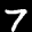
Label: 7